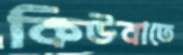
কিউবাতে